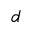
d